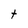
Character: t